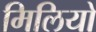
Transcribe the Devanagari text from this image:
मिलियो